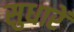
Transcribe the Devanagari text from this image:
सुधारें